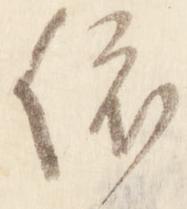
依